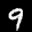
Label: 9